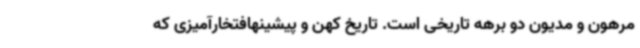
مرهون و مدیون دو برهه تاریخی است. تاریخ کهن و پیشینهافتخارآمیزی که